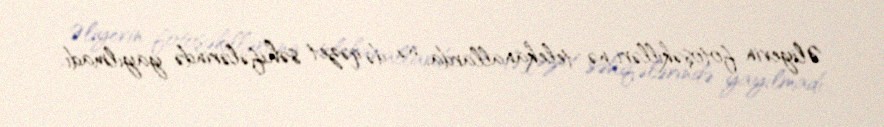
Əliyevin fotoşəkilləri nə telekanallarda, nə də qəzet səhifələrində yayılmadı.